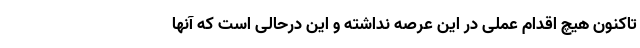
تاکنون هیچ اقدام عملی در این عرصه نداشته و این درحالی است که آنها